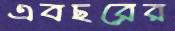
এবছরের